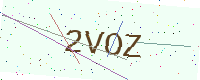
Text: 2VOZ